NAE_ERA_R-2324_Eesti_Vabariigi_Pohiseaduslik_Assamblee, lk 140
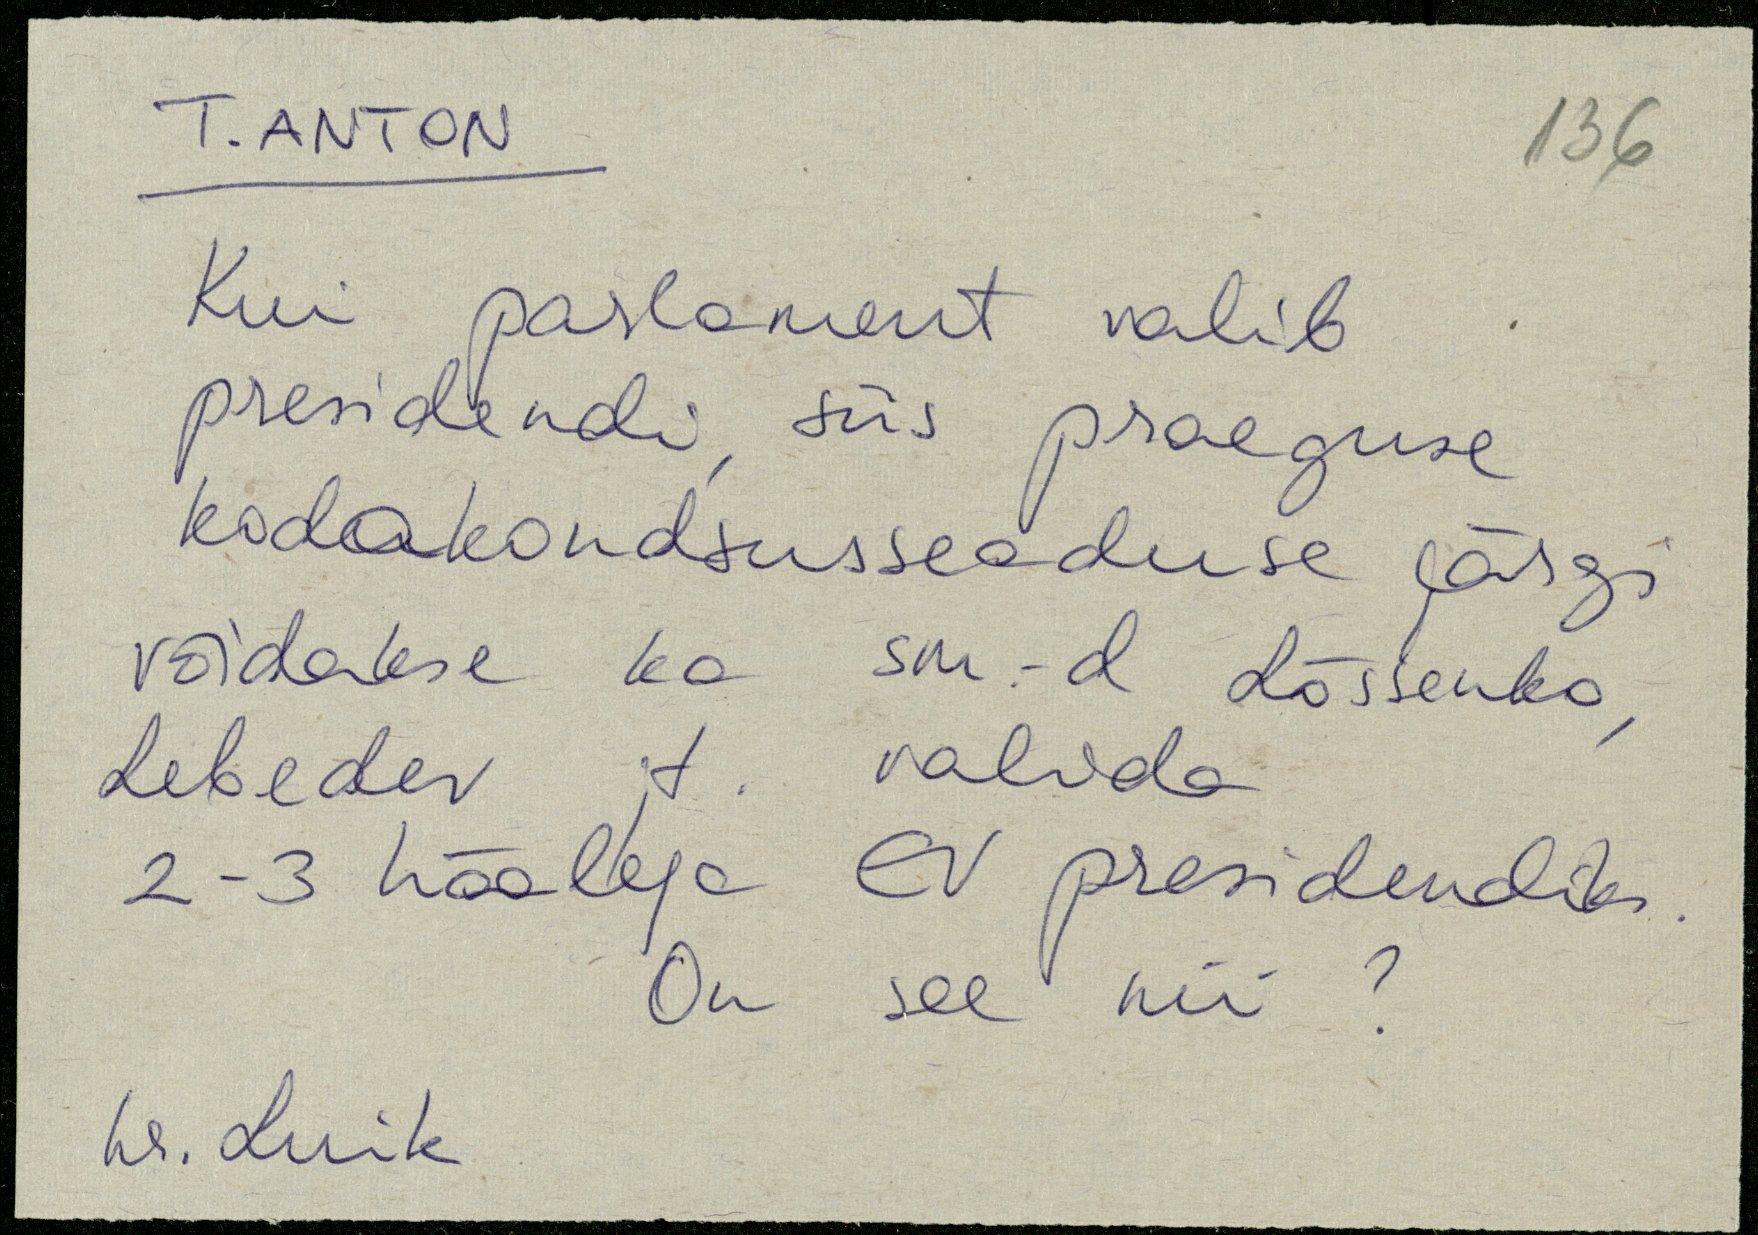
T. ANTON
Kui parlament valib
presidendi siis praeguse
kodakondsusseaduse järgi
võidakse ka sm. Lõssenko
Lebedev x. valida
2-3 häälega EV presidendiks
On see nii?
hr. Luik